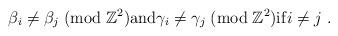
LaTeX: \begin{align*}\beta_i\not=\beta_j\; ({\rm mod} \;\mathbb{Z}^2) {\rm and } \gamma_i\neq \gamma_j\; ({\rm mod} \;\mathbb{Z}^2){\rm if } i\not=j\;.\end{align*}